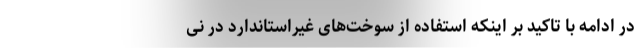
در ادامه با تاکید بر اینکه استفاده از سوخت‌های غیراستاندارد در نی